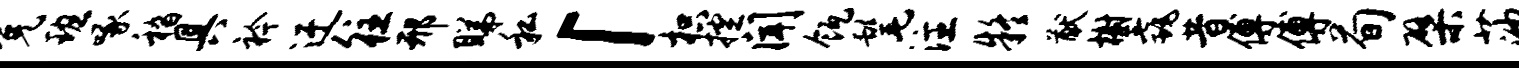
免班啄嵇具衿迂往邢睇私「枳控闻瓴髦注疑猷榭毳昔傅傅荀檗莎